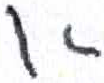
אות: א